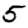
Digit: 5